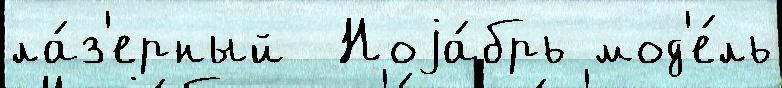
ла́з'ерный  Ноjа́брь мод'е́ль